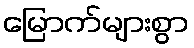
မြောက်များစွာ